Leningradi_Edasi_toimetus, lk 7
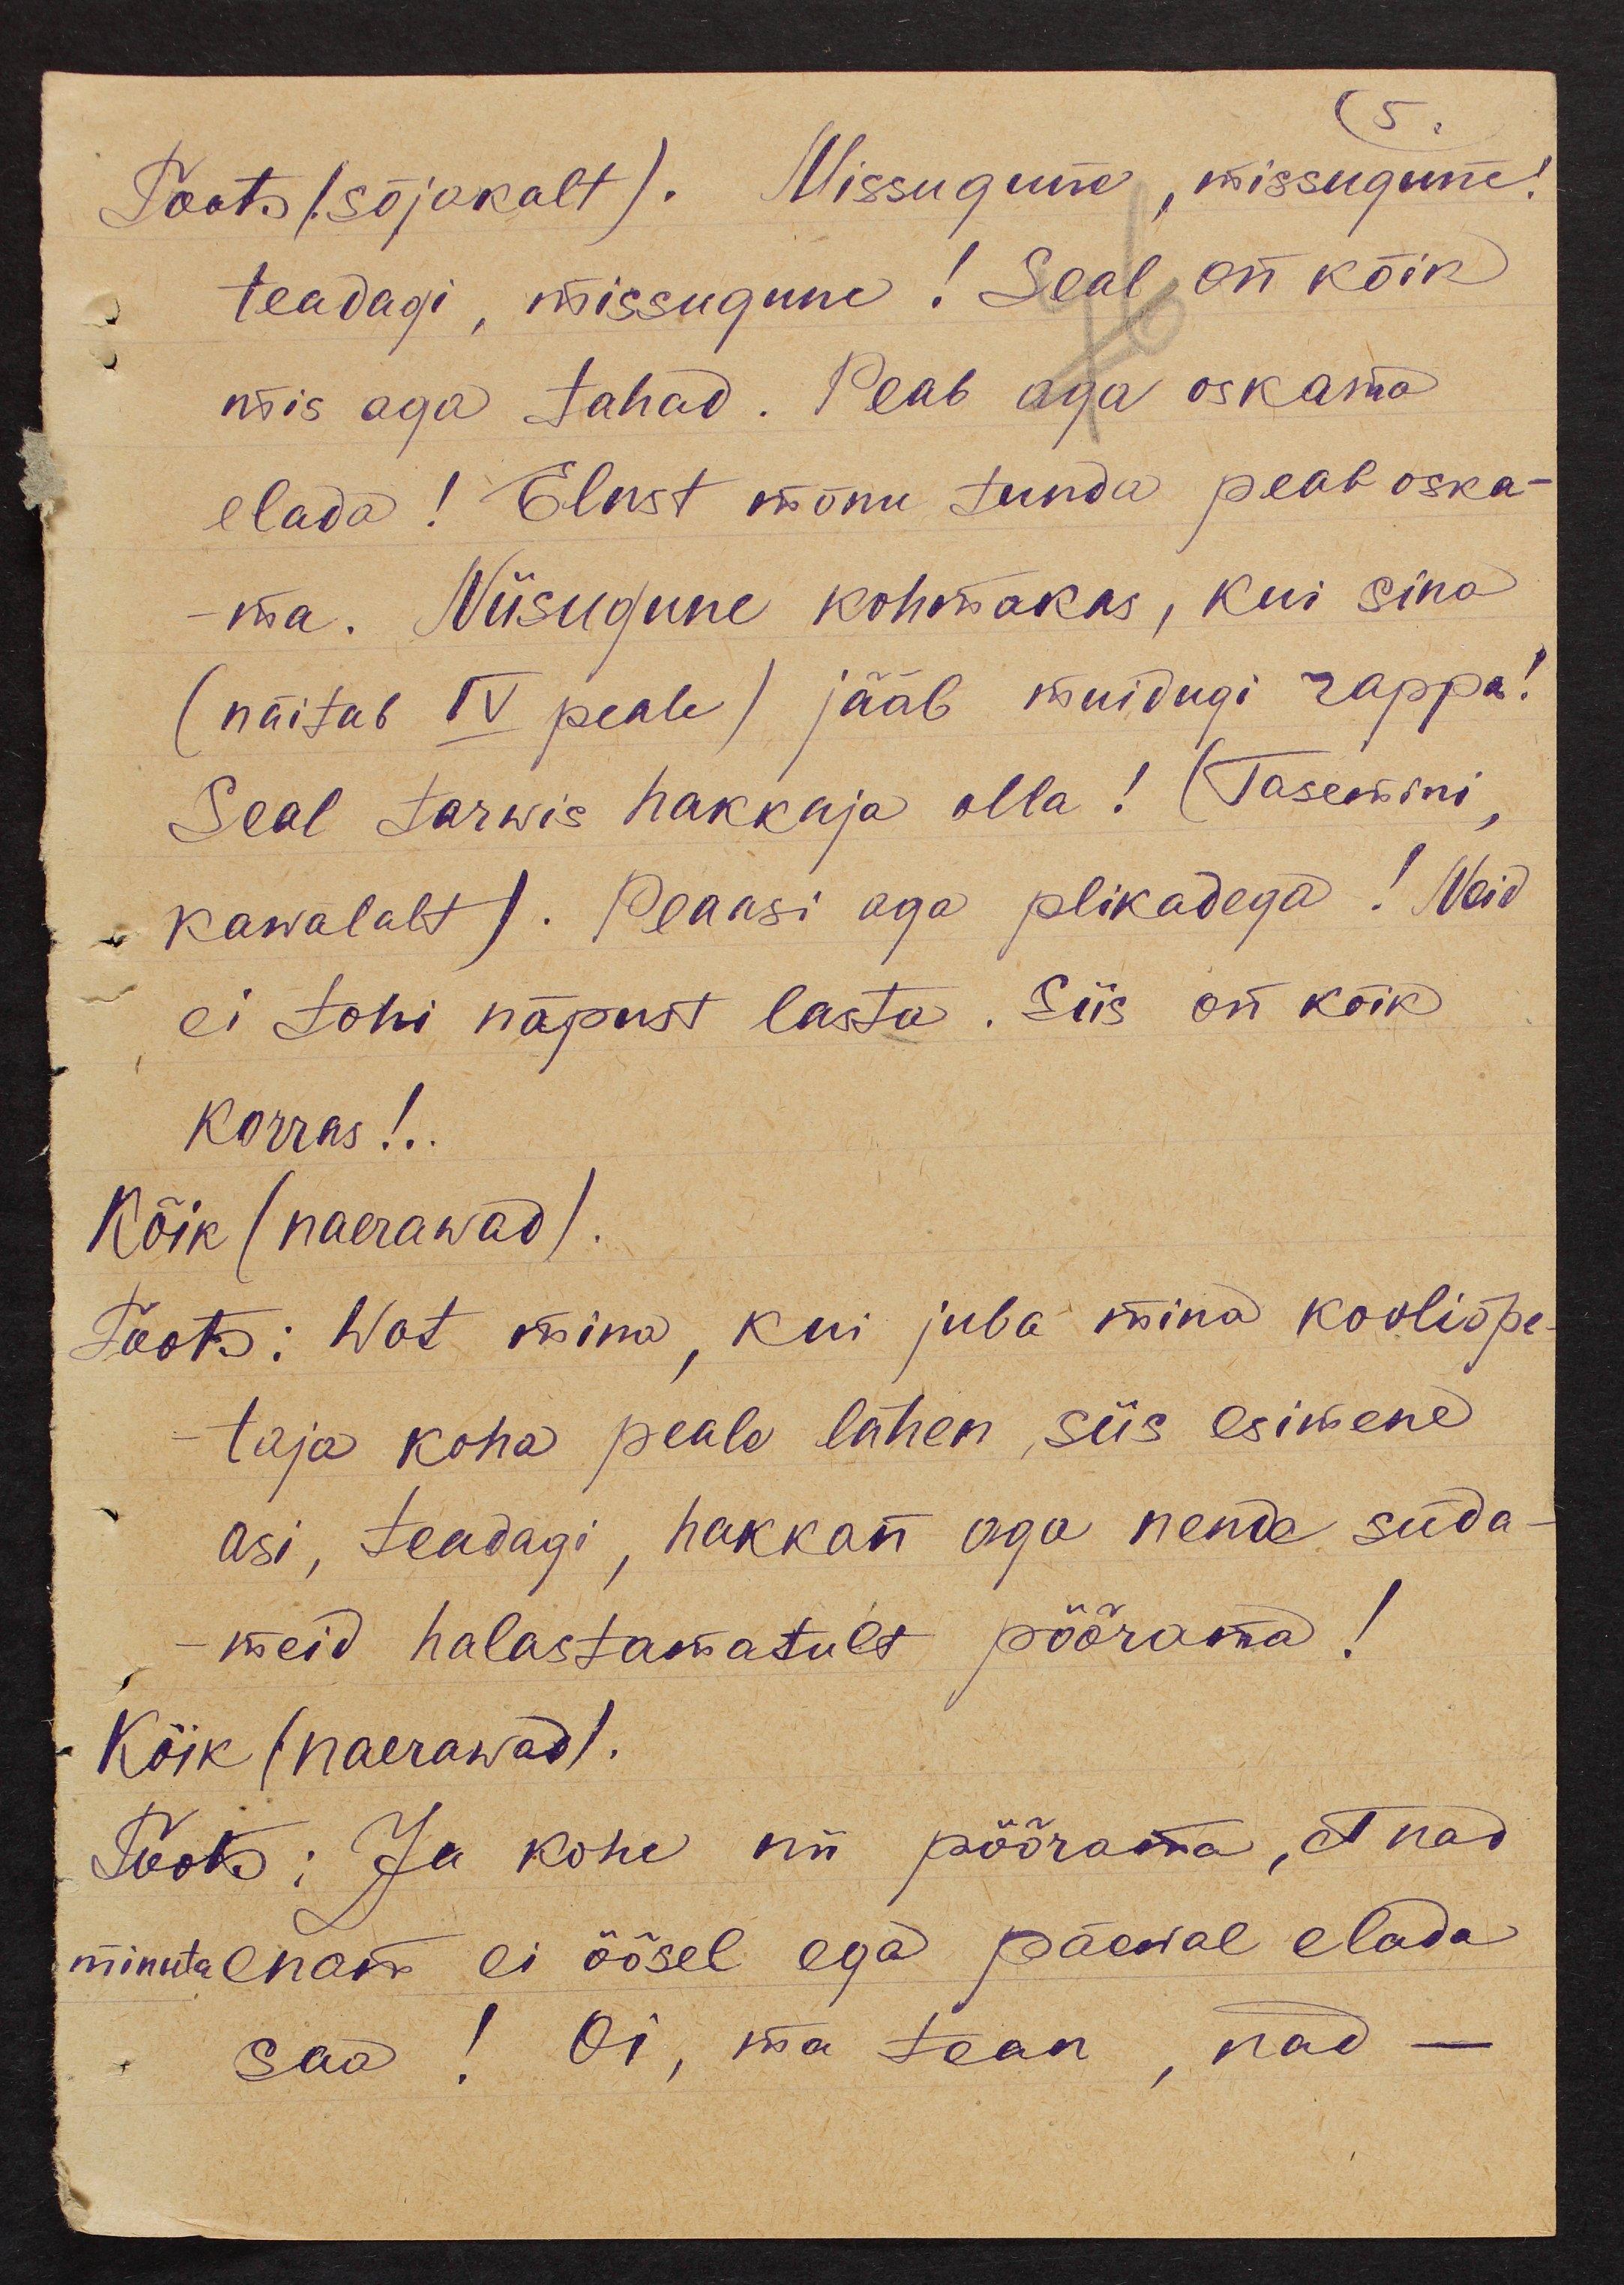
Toots (sõjakalt). Missugune, missugune!
teadagi, missugune! Seal on kõik
mis aga tahad. Peab aga oskama
elada! Elust mõnu tunda peab oska-
ma. Niisugune kohmakas, kui sina
(näitab IV peale) jääb muidugi rappa!
Seal tarwis hakkaja olla! (Tasemini,
kawalalt). Peaasi aga plikadega! Neid
ei tohi näpust lasta. Siis on kõik
korras!..
Kõik (naerawad).
Toots: Wot mina, kui juba mina kooliõpe-
taja koha peale lähen, siis esimene
asi, teadagi, hakkan aga nende süda-
meid halastamatult pöörama!
Kõik (naerawad).
Tooks: Ja kohe nii pöörama, et nad
minuta enam ei öösel ega päewal elada
saa! Oi, ma tean, nad -